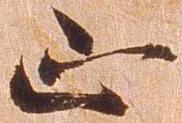
正